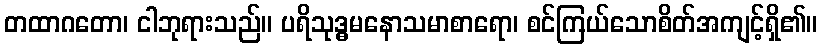
တထာဂတော၊ ငါဘုရားသည်။ ပရိသုဒ္ဓမနောသမာစာရော၊ စင်ကြယ်သောစိတ်အကျင့်ရှိ၏။